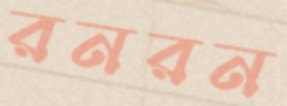
রনরন